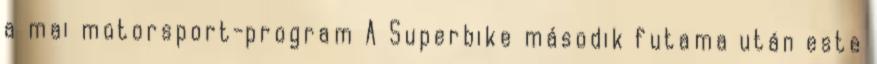
a mai motorsport-program A Superbike második futama után este